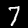
Digit: 7